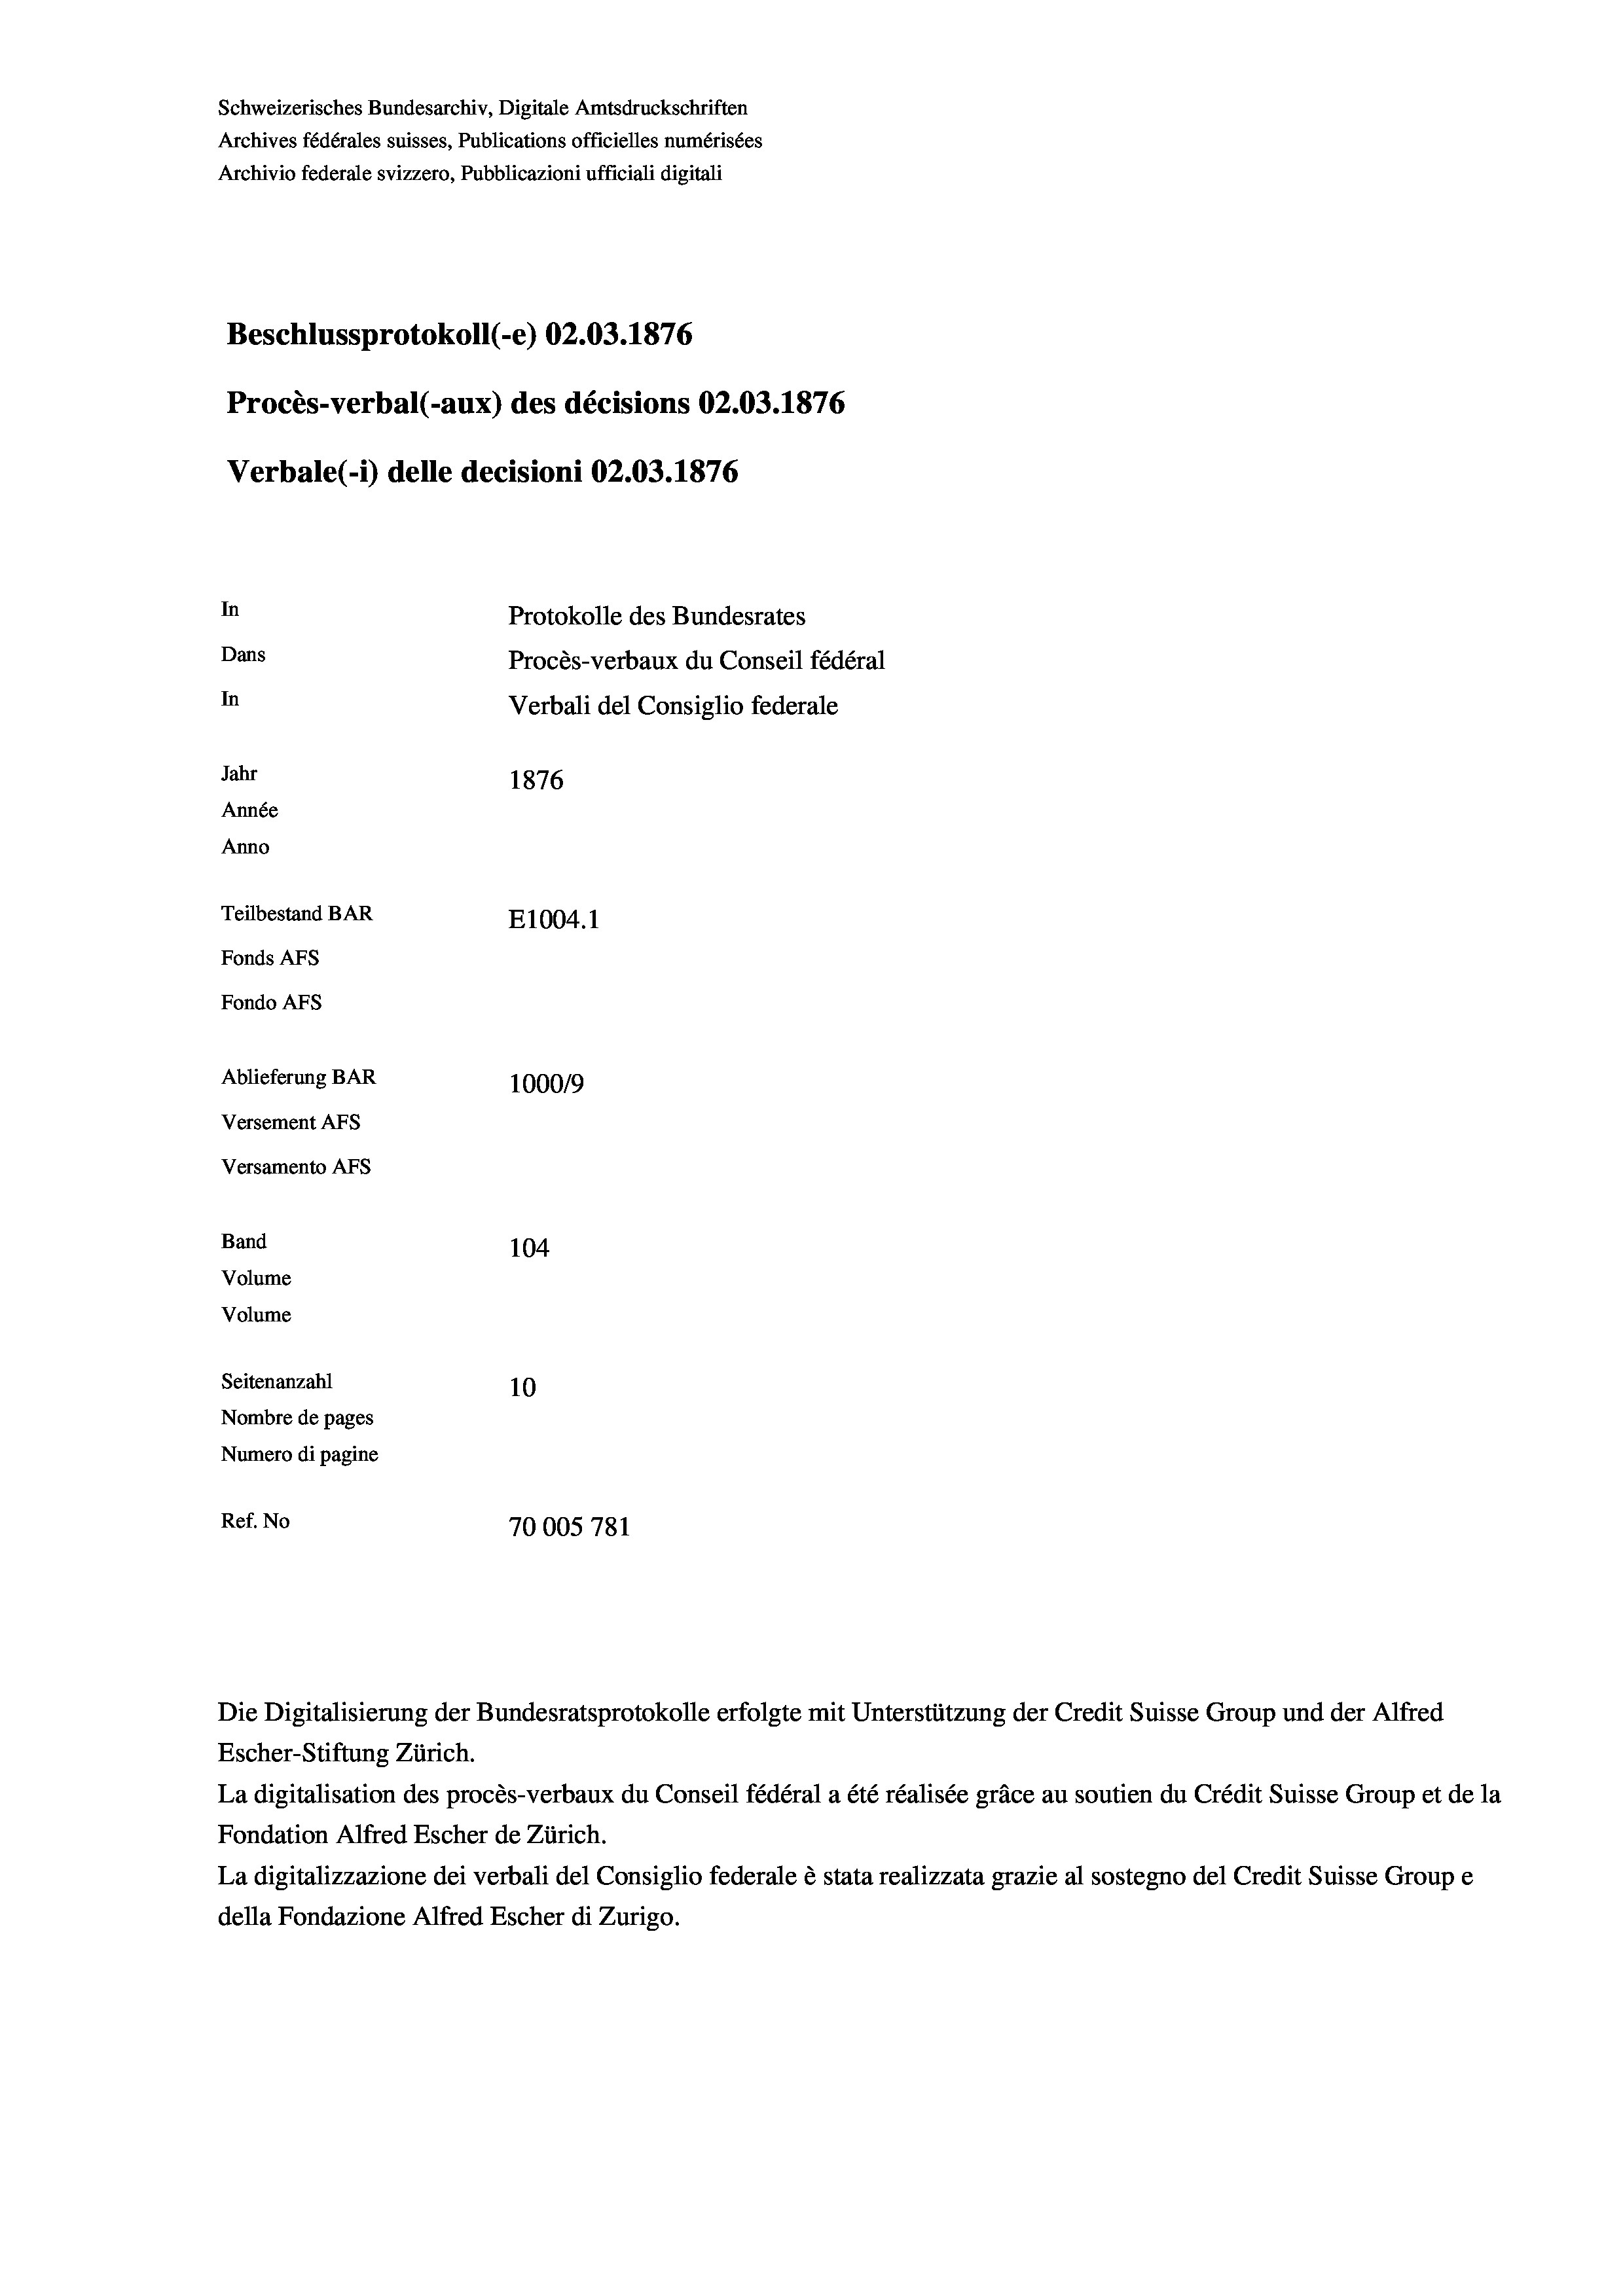
Schweizerisches Bundesarchiv, Digitale Amtsdruckschriften
Archives fédérales suisses, Publications officielles numérisées
Archivio federale svizzero, Pubblicazioni ufficiali digitali
Beschlussprotokoll (-e) 02.03. 1876
Procès-verbal (-aux) des décisions 02.03. 1876
Verbale (1) delle decisioni 02.03. 1876
In
Protokolle des Bundesrates
Dans
Procès-verbaux du Conseil fédéral
In
Verbali del Consiglio federale
Jahr
1876
Année
Anno
Teilbestand BAR
E1004. 1
Fonds AFs
Fondo AFs
Ablieferung BAR
1000/9
Versement Abs
Versamento Afs
Band
104
Volume
Volume

Seitenanzahl
10
Nombre de pages
Numero di pagine
Ref. No
70005 781

Die Digitalisierung der Bundesratsprotokolle erfolgte mit Unterstützung der Credit Suisse Group und der Alfred
Escher-Stiftung Zürich.
La digitalisation des procès-verbaux du Conseil fédéral a été réalisée gräce au soutien du Crédit Suisse Group et de la
Fondation Alfred Escher de Zürich.
La digitalizzazione dei verbali del Consiglio federale è stata realizzata grazie al sostegno del Credit Suisse Groupe
della Fondazione Alfred Escher di Zurigo.